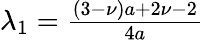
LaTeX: \begin{array}{r}{\lambda_{1}=\frac{(3-\nu)a+2\nu-2}{4a}}\end{array}